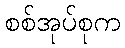
စစ်အုပ်စုက